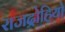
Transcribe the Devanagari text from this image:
राजद्रोहियो